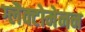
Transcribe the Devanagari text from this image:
ग्लैक्टोमेनन